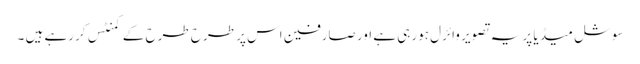
سوشل میڈ یا پر یہ تصویر وائرل ہورہی ہے اور صارفین اس پر طرح طرح کے کمنٹس کررہے ہیں ۔